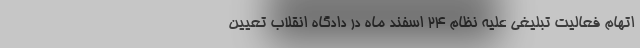
اتهام فعالیت تبلیغی علیه نظام ۲۴ اسفند ماه در دادگاه انقلاب تعیین